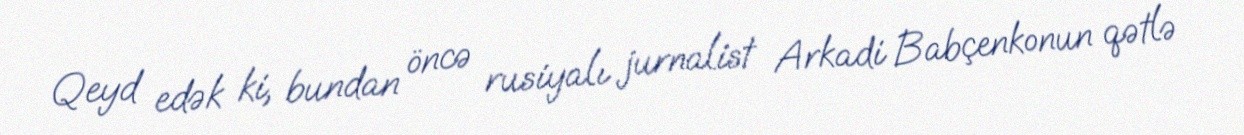
Qeyd edək ki, bundan öncə rusiyalı jurnalist Arkadi Babçenkonun qətlə